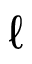
\ell